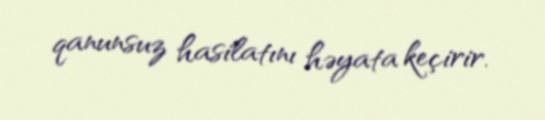
qanunsuz hasilatını həyata keçirir.